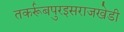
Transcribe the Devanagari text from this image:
तकर्रूबपुरइसराजखेडी